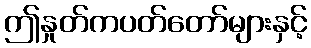
ဤနှုတ်ကပတ်တော်များနှင့်